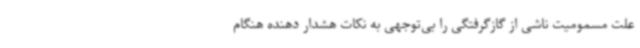
علت مسمومیت ناشی از گازگرفتگی را بی‌توجهی به نکات هشدار دهنده هنگام